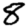
Digit: 8